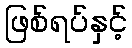
ဖြစ်ရပ်နှင့်